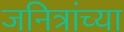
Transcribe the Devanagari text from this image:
जनित्रांच्या